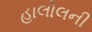
હાલોલની